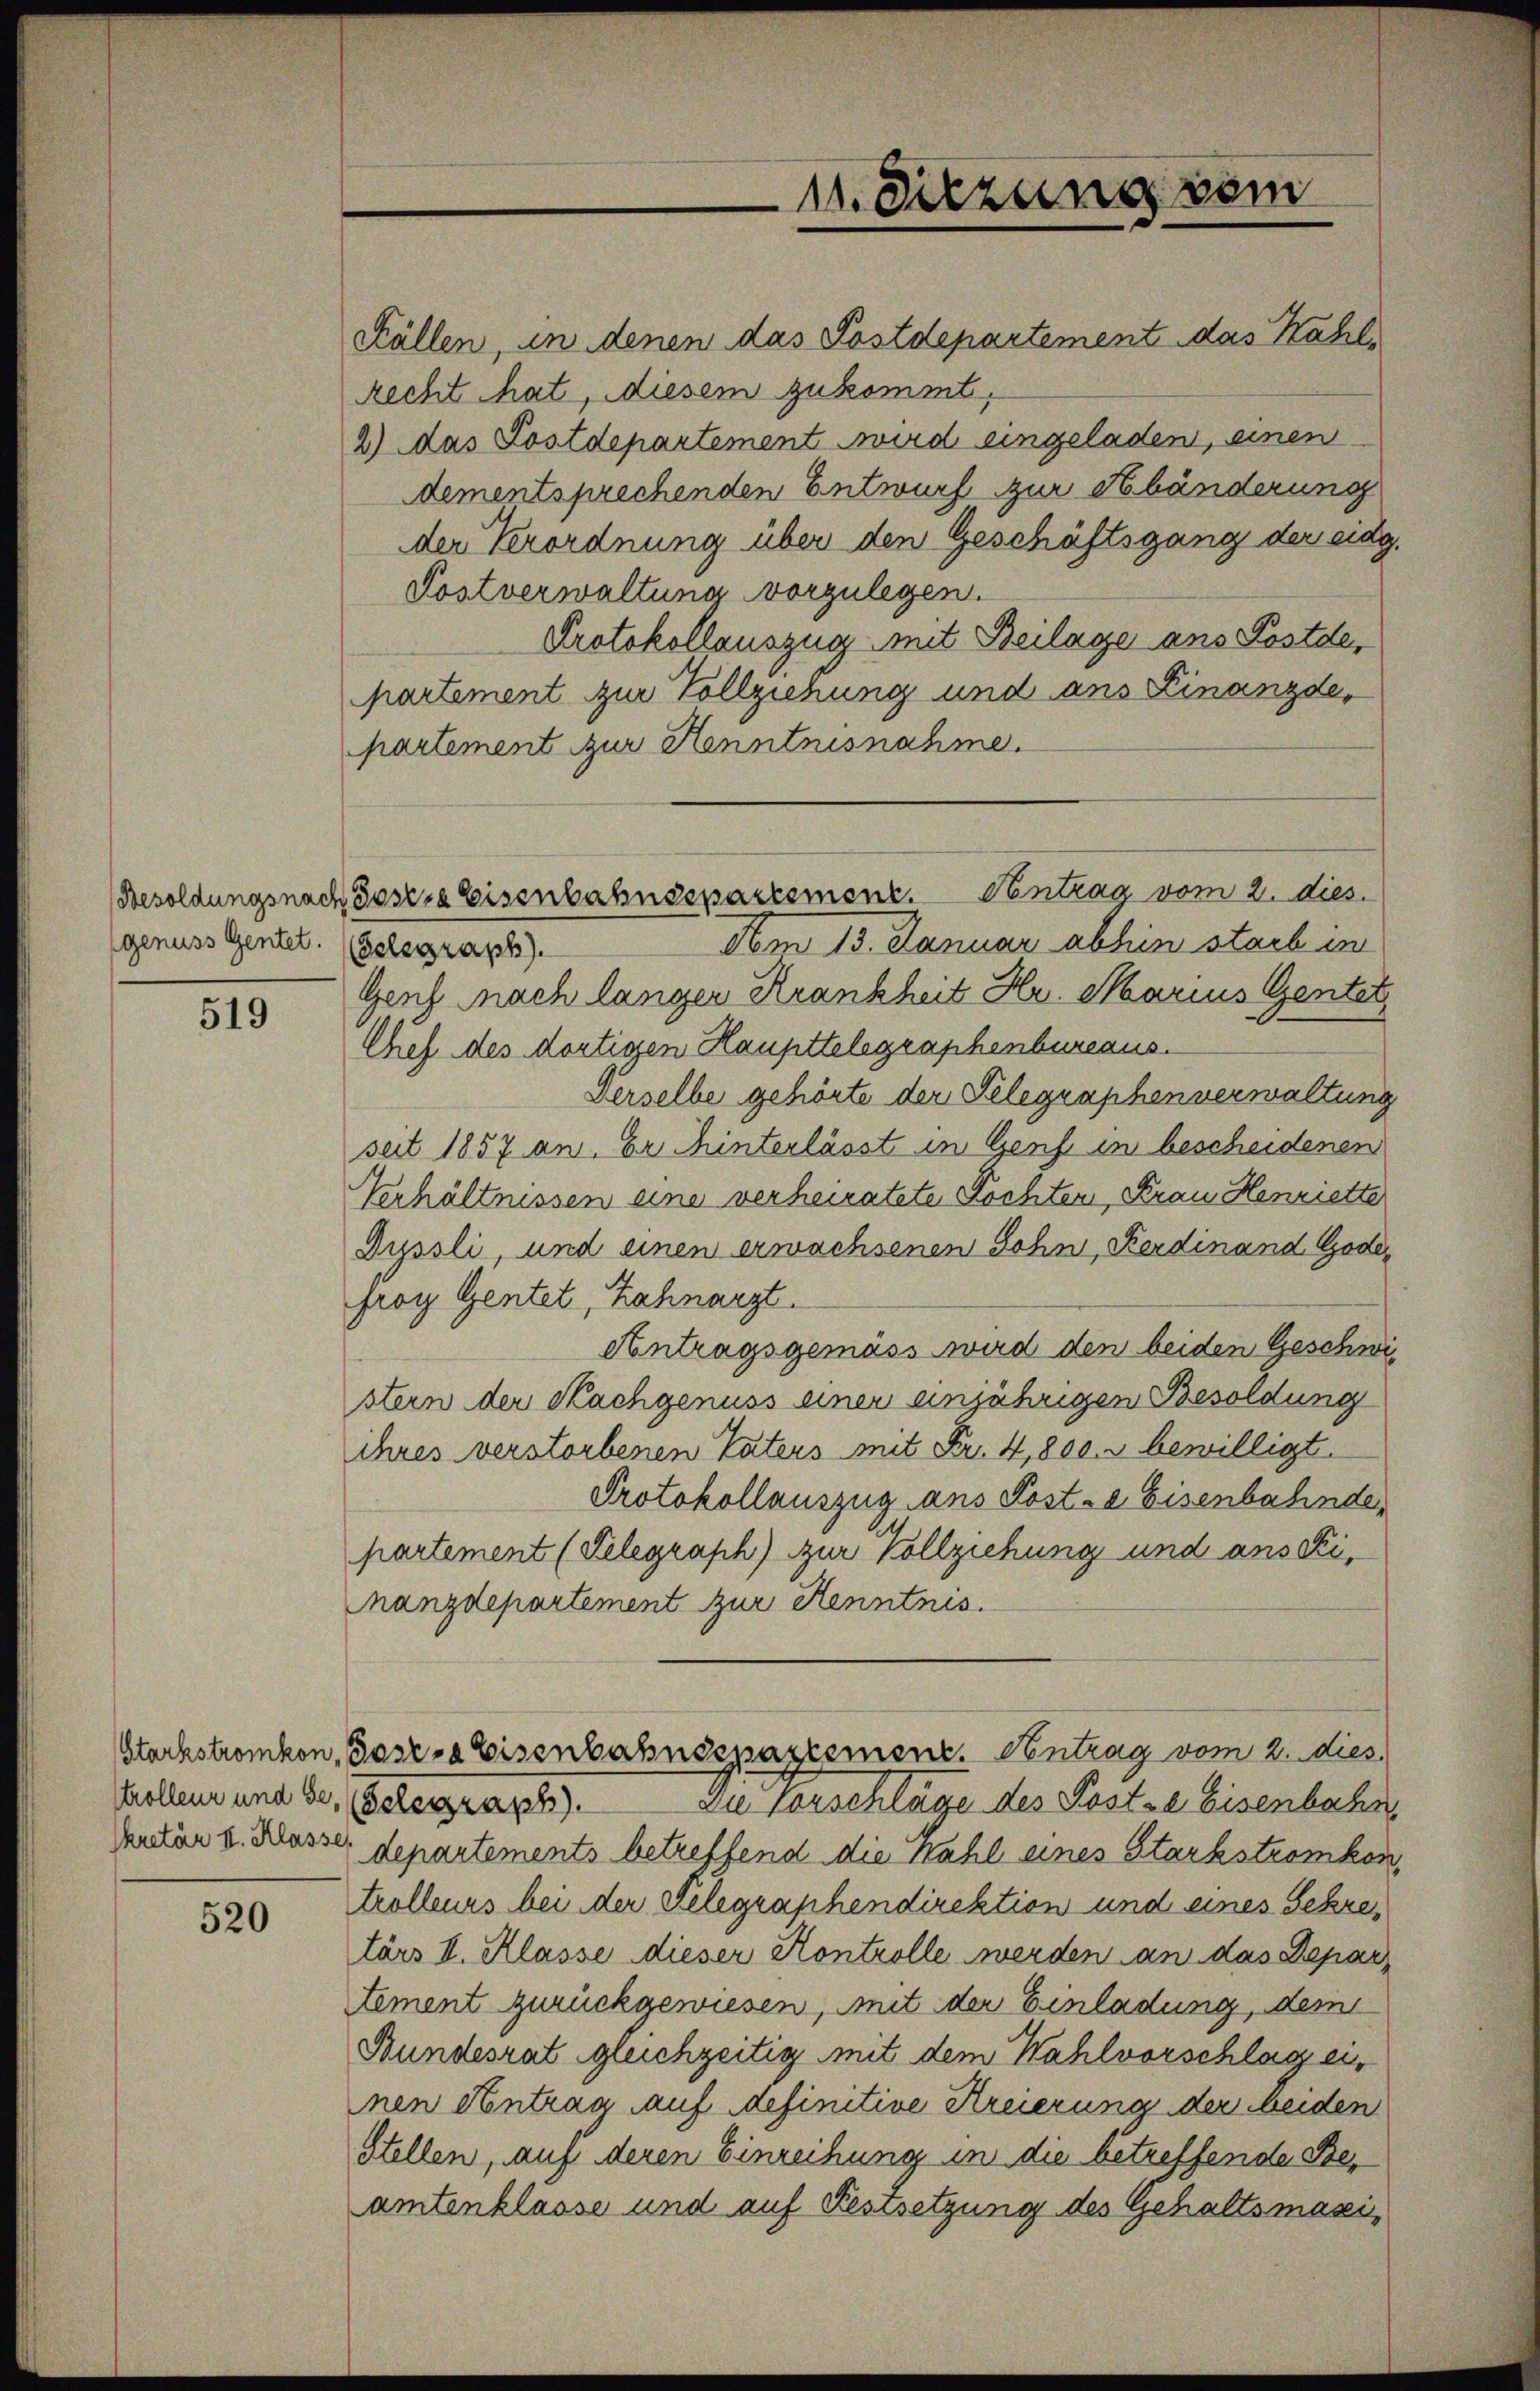
genuss Gentet.

519

520

Källen, in denen das Postdepartement das Kahl,
Recht hat, diesem zukommt,
2) das Postdepartement wird eingeladen, einen
dementsprechenden Entwurf zur Abänderung
der Verordnung über den Geschäftsgang der eidg.
Postverwaltung vorzulegen.
Protokollauszug mit Beilage ans Postde,
partement zur Vollziehung und ans Finanzde,
partement zur Henntnisnahme.
Aom 13. Januar abhin starb in
(Gelegraph).
Genf nach langen Krankheit Hr. Marius Gentet¬
Chef des dortigen Haupttelegraphenbureaus.
Derselbe gehörte der Telegraphenverwaltung
seit 1857 an. Er hinterlässt in Genf in bescheidenen
Verhältnissen eine verheiratete Tochten, Krau Henriette
Dyssli, und einen erwachsenen Sohn, Ferdinand Gadefroy Gentet, Zahnarzt.
Antragsgemäss wird den beiden Geschwistern der Kachgenuss einer einjährigen Besoldung
ihres verstorbenen Vaters mit Fr. 4,800 bewilligt.
Protokollauszug ans Post-a Eisenbahnde
partement (Telegraph) zur Vollziehung und ans Finanzdepartement zur Kenntnis.
Stackströmkon, Joses Eisenbahnsspaziement. Antrag vom 2. dies
trollen und Se. Gelegraph
Die Vorschlage des Poste Eisenbahn,
Vetär v. Klasser departements betreffend die Kahl eines Starkströmkon,
trolleurs bei der Telegraphendirektion und eines Sekretärs II. Klasse dieser Kontrolle werden an das Depar
Zement zurückgewiesen, mit der Einladung, dem
Bundesrat gleichzeitig mit dem Wahlvorschlag einen Antrag auf definitive Kreierung der beiden
Stellen, auf deren Einreihung in die betreffende Beamtenklasse und auf Festsetzung des Gehaltsmaxi¬

Besoldungsnach Josefa Eisenbahnsepartement. Vontrag vom 2. dies

11. Sitzung sein